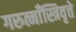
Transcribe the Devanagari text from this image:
गरुत्माँस्त्रिवृत्ते